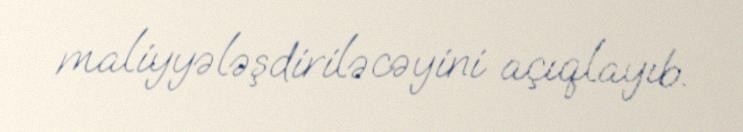
maliyyələşdiriləcəyini açıqlayıb.